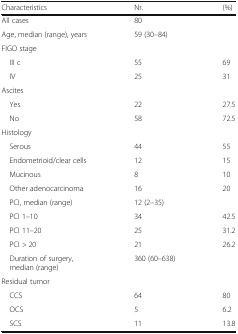
<table><thead><tr><td><b>Characteristics</b></td><td><b>Nr.</b></td><td><b>(%)</b></td></tr></thead><tbody><tr><td>All cases</td><td>80</td><td></td></tr><tr><td>Age, median (range), years</td><td>59 (30–84)</td><td></td></tr><tr><td colspan="3">FIGO stage</td></tr><tr><td> III c</td><td>55</td><td>69</td></tr><tr><td> IV</td><td>25</td><td>31</td></tr><tr><td colspan="3">Ascites</td></tr><tr><td> Yes</td><td>22</td><td>27.5</td></tr><tr><td> No</td><td>58</td><td>72.5</td></tr><tr><td colspan="3">Histology</td></tr><tr><td> Serous</td><td>44</td><td>55</td></tr><tr><td> Endometrioid/clear cells</td><td>12</td><td>15</td></tr><tr><td> Mucinous</td><td>8</td><td>10</td></tr><tr><td> Other adenocarcinoma</td><td>16</td><td>20</td></tr><tr><td> PCI, median (range)</td><td>12 (2–35)</td><td></td></tr><tr><td> PCI 1–10</td><td>34</td><td>42.5</td></tr><tr><td> PCI 11–20</td><td>25</td><td>31.2</td></tr><tr><td> PCI &gt; 20</td><td>21</td><td>26.2</td></tr><tr><td> Duration of surgery, median (range)</td><td>360 (60–638)</td><td></td></tr><tr><td colspan="3">Residual tumor</td></tr><tr><td> CCS</td><td>64</td><td>80</td></tr><tr><td> OCS</td><td>5</td><td>6.2</td></tr><tr><td> SCS</td><td>11</td><td>13.8</td></tr></tbody></table>